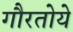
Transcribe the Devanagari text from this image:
गौरतोये